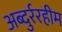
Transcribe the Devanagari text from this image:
अब्दुर्ररहीम